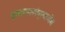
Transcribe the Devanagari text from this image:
मुसलमानांप्रमाणेच